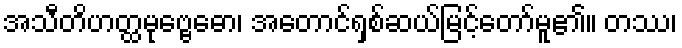
အသီတိဟတ္ထမုဗ္ဗေဓော၊ အတောင်ရှစ်ဆယ်မြင့်တော်မူ၏။ တဿ၊